Indian journal of veterinary science and animal husbandry - Volume 10,
Year: 1940
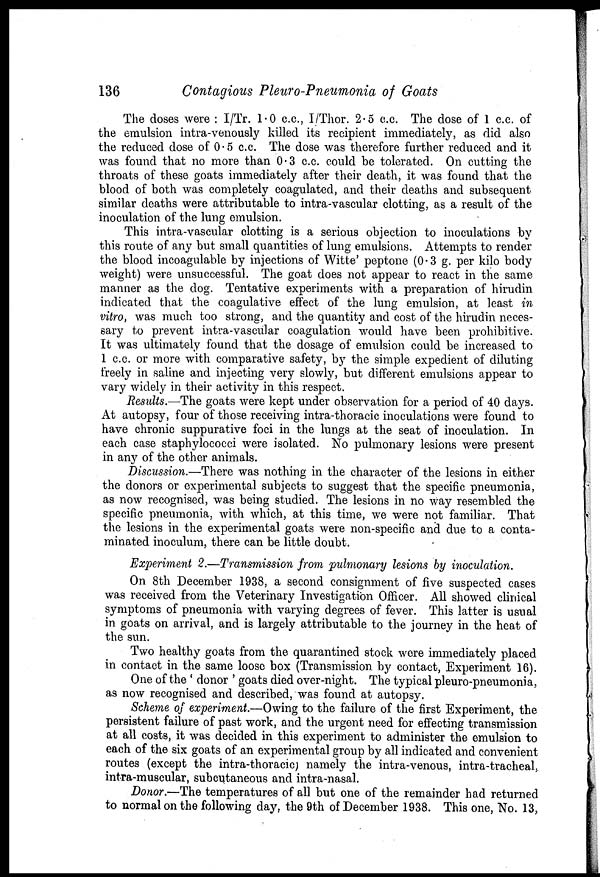
136
Contagious Pleuro-Pneumonia of Goats
The doses were : I/Tr. 1.0 c.c., I/Thor. 2.5 c.c. The dose of 1 c.c. of
the emulsion intra-venously killed its recipient immediately, as did also
the reduced dose of 0.5 c.c. The dose was therefore further reduced and it
was found that no more than 0.3 c.c. could be tolerated. On cutting the
throats of these goats immediately after their death, it was found that the
blood of both was completely coagulated, and their deaths and subsequent
similar deaths were attributable to intra-vascular clotting, as a result of the
inoculation of the lung emulsion.
This intra-vascular clotting is a serious objection to inoculations by
this route of any but small quantities of lung emulsions. Attempts to render
the blood incoagulable by injections of Witte' peptone (0.3 g. per kilo body
weight) were unsuccessful. The goat does not appear to react in the same
manner as the dog. Tentative experiments with a preparation of hirudin
indicated that the coagulative effect of the lung emulsion, at least in
vitro, was much too strong, and the quantity and cost of the hirudin neces-
sary to prevent intra-vascular coagulation would have been prohibitive.
It was ultimately found that the dosage of emulsion could be increased to
1 c.c. or more with comparative safety, by the simple expedient of diluting
freely in saline and injecting very slowly, but different emulsions appear to
vary widely in their activity in this respect.
Results.—The goats were kept under observation for a period of 40 days.
At autopsy, four of those receiving intra-thoracic inoculations were found to
have chronic suppurative foci in the lungs at the seat of inoculation. In
each case staphylococci were isolated. No pulmonary lesions were present
in any of the other animals.
Discussion.—There was nothing in the character of the lesions in either
the donors or experimental subjects to suggest that the specific pneumonia,
as now recognised, was being studied. The lesions in no way resembled the
specific pneumonia, with which, at this time, we were not familiar. That
the lesions in the experimental goats were non-specific and due to a conta-
minated inoculum, there can be little doubt.
Experiment 2.—Transmission from pulmonary lesions by inoculation.
On 8th December 1938, a second consignment of five suspected cases
was received from the Veterinary Investigation Officer. All showed clinical
symptoms of pneumonia with varying degrees of fever. This latter is usual
in goats on arrival, and is largely attributable to the journey in the heat of
the sun.
Two healthy goats from the quarantined stock were immediately placed
in contact in the same loose box (Transmission by contact, Experiment 16).
One of the ' donor ' goats died over-night. The typical pleuro-pneumonia,
as now recognised and described, was found at autopsy.
Scheme of experiment.—Owing to the failure of the first Experiment, the
persistent failure of past work, and the urgent need for effecting transmission
at all costs, it was decided in this experiment to administer the emulsion to
each of the six goats of an experimental group by all indicated and convenient
routes (except the intra-thoracic) namely the intra-venous, intra-tracheal,
intra-muscular, subcutaneous and intra-nasal.
Donor.—The temperatures of all but one of the remainder had returned
to normal on the following day, the 9th of December 1938. This one, No. 13,